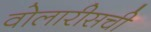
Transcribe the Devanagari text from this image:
वोलारीसची